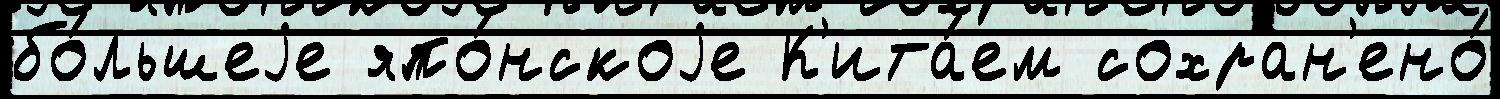
бо́льшеjе япо́нскоjе К'ита́ем сохран'ено́